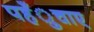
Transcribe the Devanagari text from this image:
पहँुचाए